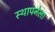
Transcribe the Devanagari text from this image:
स्‍थापनेला